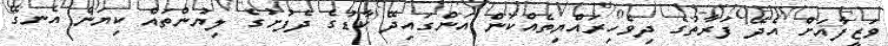
ވަޒީފާއަށް އެދޭ ފަރާތުގެ ދިވެހިރައްޔިތެއްކަން އަންގައިދޭ ކާޑުގެ ދެފުށުގެ ލިޔުންތައް ކިޔަން އެނގޭ